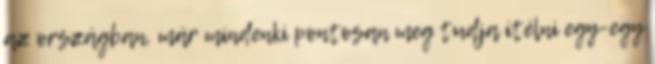
az országban, már mindenki pontosan meg tudja ítélni egy-egy